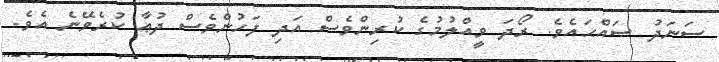
ސަނަދު ޞައްޙައެވެ. ރޯދަ ވީއްލުމުގެ ކުރިންވެސް އަދި ފަހުންވެސް ދުޢާ ކުރެވޭނެ އެވެ.